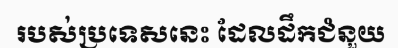
របស់ប្រទេសនេះ ដែលដឹកជំនួយ